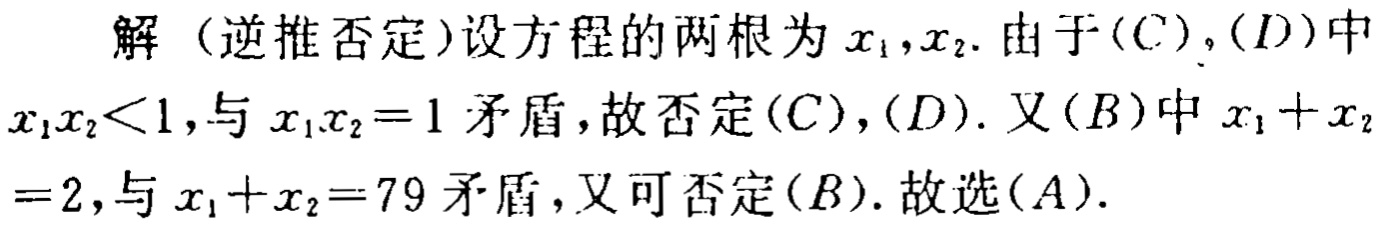
解（逆推否定）设方程的两根为\(x_{1},x_{2}\). 由于\((C)\)，\((D)\)中\(x_{1}x_{2}<1\)，与\(x_{1}x_{2}=1\)矛盾，故否定\((C)\)，\((D)\). 又\((B)\)中\(x_{1}+x_{2}=2\)，与\(x_{1}+x_{2}=79\)矛盾，又可否定\((B)\). 故选\((A)\).